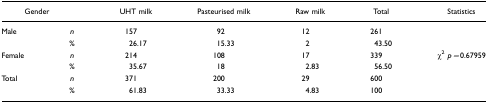
<table><thead><tr><td colspan="2"><b>Gender</b></td><td><b>UHT milk</b></td><td><b>Pasteurised milk</b></td><td><b>Raw milk</b></td><td><b>Total</b></td><td><b>Statistics</b></td></tr></thead><tbody><tr><td>Male</td><td><i>n</i></td><td>157</td><td>92</td><td>12</td><td>261</td></tr><tr><td></td><td>%</td><td>26.17</td><td>15.33</td><td>2</td><td>43.50</td></tr><tr><td>Female</td><td><i>n</i></td><td>214</td><td>108</td><td>17</td><td>339</td><td>χ<sup>2</sup><i>p=</i>0.67959</td></tr><tr><td></td><td>%</td><td>35.67</td><td>18</td><td>2.83</td><td>56.50</td></tr><tr><td>Total</td><td><i>n</i></td><td>371</td><td>200</td><td>29</td><td>600</td></tr><tr><td></td><td>%</td><td>61.83</td><td>33.33</td><td>4.83</td><td>100</td></tr></tbody></table>